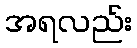
အရလည်း